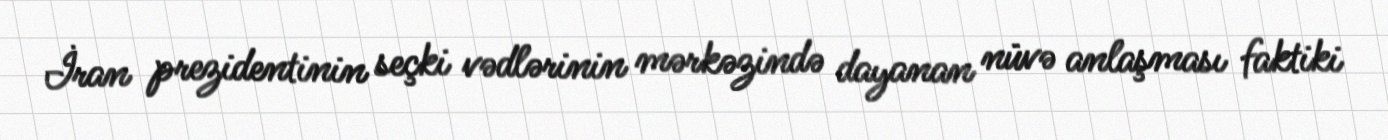
İran prezidentinin seçki vədlərinin mərkəzində dayanan nüvə anlaşması faktiki